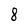
Character: 8